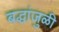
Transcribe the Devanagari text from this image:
बद्धांजुळी